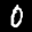
Digit: 0